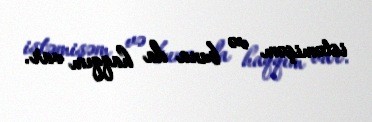
istəmişəm və buna da haqqım var.